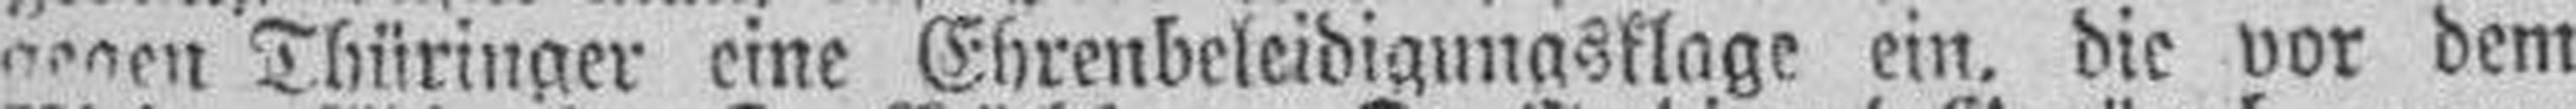
gegen Thüringer eine Ehrenbeleidigungsklage ein, die vor dem